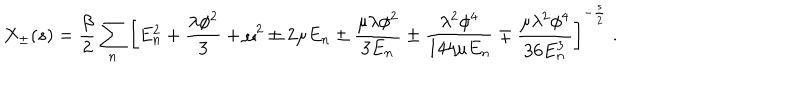
X _ { \pm } ( s ) = \frac { \beta } { 2 } \sum _ { n } \left[ E _ { n } ^ { 2 } + \frac { \lambda \phi ^ { 2 } } { 3 } + \mu ^ { 2 } \pm 2 \mu E _ { n } \pm \frac { \mu \lambda \phi ^ { 2 } } { 3 E _ { n } } \pm \frac { \lambda ^ { 2 } \phi ^ { 4 } } { 1 4 4 \mu E _ { n } } \mp \frac { \mu \lambda ^ { 2 } \phi ^ { 4 } } { 3 6 E _ { n } ^ { 3 } } \right] ^ { - \frac { s } { 2 } } \; .